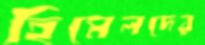
হিমেলদের